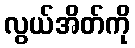
လွယ်အိတ်ကို